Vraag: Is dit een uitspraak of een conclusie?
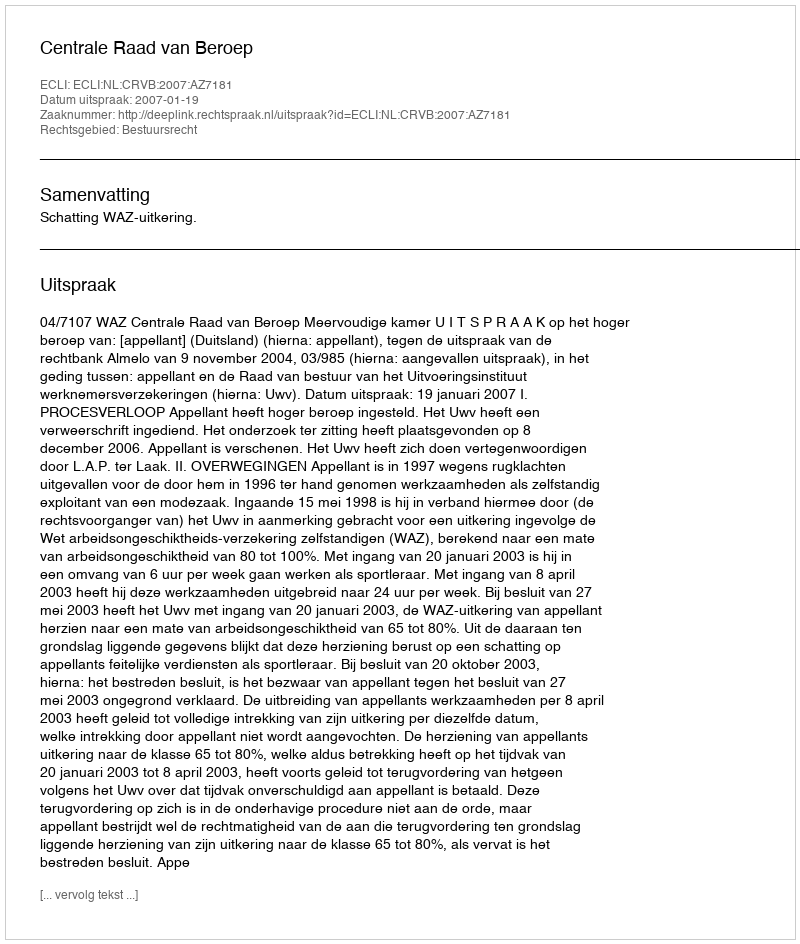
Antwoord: Uitspraak